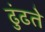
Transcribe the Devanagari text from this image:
ढुंढते